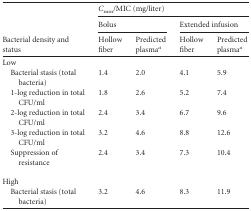
<table><thead><tr><td rowspan="3"><b>Bacterial density and status</b></td><td colspan="4"><b><i>C</i><sub>min</sub>/MIC (mg/liter)</b></td></tr><tr><td colspan="2"><b>Bolus</b></td><td colspan="2"><b>Extended infusion</b></td></tr><tr><td><b>Hollow fiber</b></td><td><b>Predicted plasma<sup><i>a</i></sup></b></td><td><b>Hollow fiber</b></td><td><b>Predicted plasma<sup><i>a</i></sup></b></td></tr></thead><tbody><tr><td>Low</td><td></td><td></td><td></td><td></td></tr><tr><td>Bacterial stasis (total bacteria)</td><td>1.4</td><td>2.0</td><td>4.1</td><td>5.9</td></tr><tr><td>1-log reduction in total CFU/ml</td><td>1.8</td><td>2.6</td><td>5.2</td><td>7.4</td></tr><tr><td>2-log reduction in total CFU/ml</td><td>2.4</td><td>3.4</td><td>6.7</td><td>9.6</td></tr><tr><td>3-log reduction in total CFU/ml</td><td>3.2</td><td>4.6</td><td>8.8</td><td>12.6</td></tr><tr><td>Suppression of resistance</td><td>2.4</td><td>3.4</td><td>7.3</td><td>10.4</td></tr><tr><td>High</td><td></td><td></td><td></td><td></td></tr><tr><td>Bacterial stasis (total bacteria)</td><td>3.2</td><td>4.6</td><td>8.3</td><td>11.9</td></tr></tbody></table>